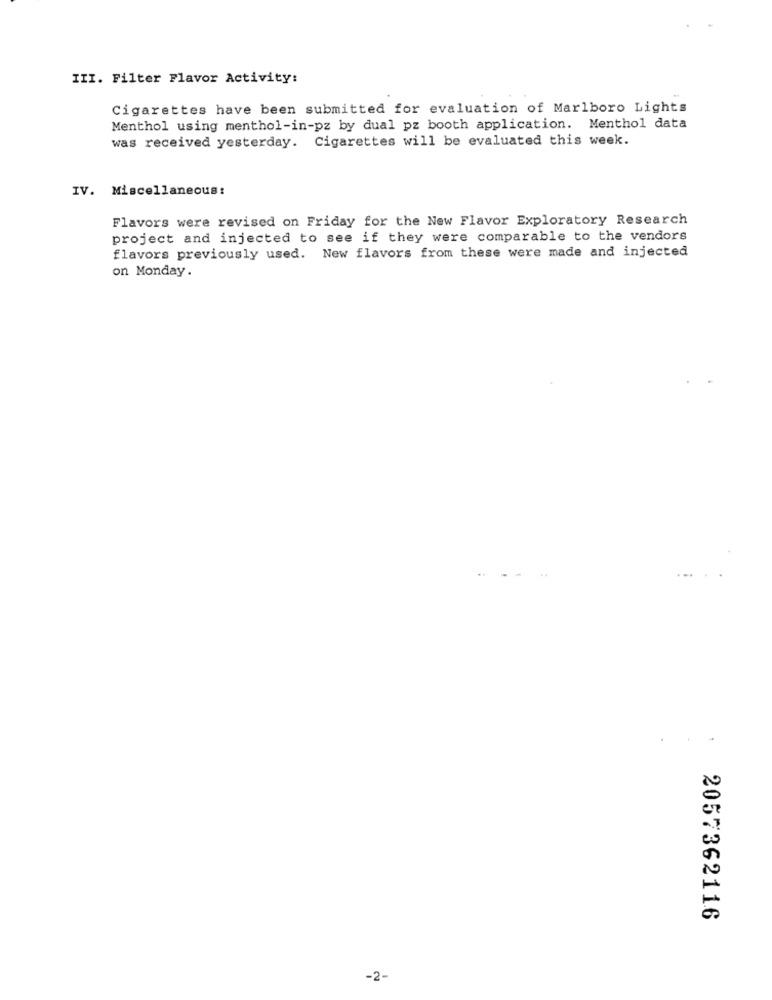
III. Filter Flavor Activity:
Cigarettes have been submitted for evaluation of Marlboro Lights
Menthol using menthol-in-pz by dual pz booth application. Menthol data
was received yesterday. Cigarettes will be evaluated this week.
IV. Miscellaneous:
Flavors were revised on Friday for the New Flavor Exploratory Research
project and injected to see if they were comparable to the vendors
flavors previously used. New flavors from these were made and injected
on Monday.
2057362116
-2-